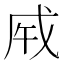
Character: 𢦩